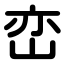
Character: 峦